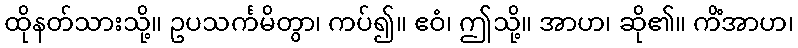
ထိုနတ်သားသို့။ ဥပသင်္ကမိတွာ၊ ကပ်၍။ ဧဝံ၊ ဤသို့။ အာဟ၊ ဆို၏။ ကိံအာဟ၊